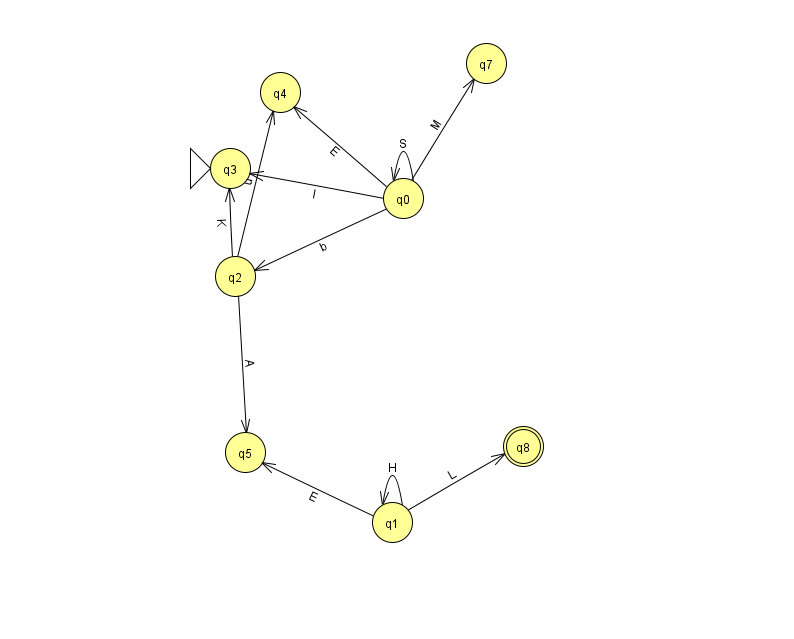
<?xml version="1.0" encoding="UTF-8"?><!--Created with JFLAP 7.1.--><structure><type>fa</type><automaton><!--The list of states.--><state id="0" name="q0"><x>403.0</x><y>185.0</y></state><state id="1" name="q1"><x>392.0</x><y>509.0</y></state><state id="2" name="q2"><x>235.0</x><y>263.0</y></state><state id="3" name="q3"><x>230.0</x><y>155.0</y><initial/></state><state id="4" name="q4"><x>280.0</x><y>79.0</y></state><state id="5" name="q5"><x>245.0</x><y>439.0</y></state><state id="7" name="q7"><x>486.0</x><y>50.0</y></state><state id="8" name="q8"><x>523.0</x><y>433.0</y><final/></state><!--The list of transitions.--><transition><from>0</from><to>4</to><read>E</read></transition><transition><from>0</from><to>0</to><read>S</read></transition><transition><from>0</from><to>3</to><read>I</read></transition><transition><from>1</from><to>5</to><read>E</read></transition><transition><from>1</from><to>8</to><read>L</read></transition><transition><from>0</from><to>7</to><read>M</read></transition><transition><from>1</from><to>1</to><read>H</read></transition><transition><from>2</from><to>3</to><read>K</read></transition><transition><from>0</from><to>2</to><read>b</read></transition><transition><from>2</from><to>4</to><read>u</read></transition><transition><from>2</from><to>5</to><read>A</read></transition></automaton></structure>